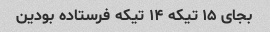
بجای ۱۵ تیکه ۱۴ تیکه فرستاده بودین